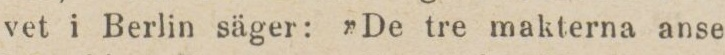
vet i Berlin säger: ”De tre makterna anse